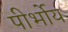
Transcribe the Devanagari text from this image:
पीर्भोय